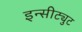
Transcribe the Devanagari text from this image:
इन्सीट्युट